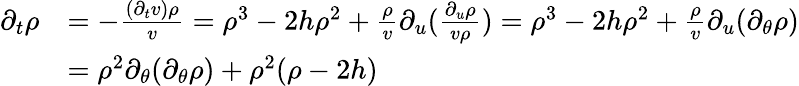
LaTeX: \begin{array}{rl}{\partial_{t}\rho}&{=-\frac{(\partial_{t}v)\rho}{v}=\rho^{3}-2h\rho^{2}+\frac{\rho}{v}\partial_{u}(\frac{\partial_{u}\rho}{v\rho})=\rho^{3}-2h\rho^{2}+\frac{\rho}{v}\partial_{u}(\partial_{\theta}\rho)}\\ &{=\rho^{2}\partial_{\theta}(\partial_{\theta}\rho)+\rho^{2}(\rho-2h)}\end{array}